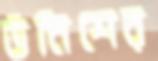
উনিশের